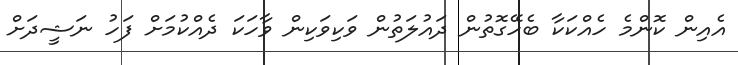
އެއިން ކޮންމެ ހެއްކަކާ ބެހޭގޮތުން ދައުލަތުން ވަކިވަކިން ވާހަކަ ދެއްކުމަށް ފަހު ނަޝީދަށް